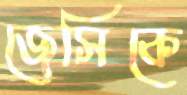
জেসিকে